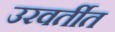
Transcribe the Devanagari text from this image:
उरवर्तीत